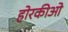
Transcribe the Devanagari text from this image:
होरकीओ